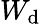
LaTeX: W_{\mathrm{d}}